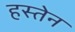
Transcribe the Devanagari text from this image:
हस्तेन